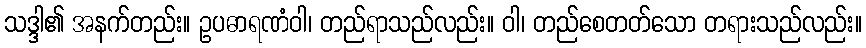
သဒ္ဒါ၏ အနက်တည်း။ ဥပဓာရဏံဝါ၊ တည်ရာသည်လည်း။ ဝါ၊ တည်စေတတ်သော တရားသည်လည်း။